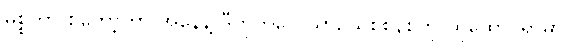
မစ္စတာ စတော့ကာ အနေနဲ့ ဒီတိုက်လေယာဉ်သစ်စနစ်ကို ထူထောင်ရာမှာ